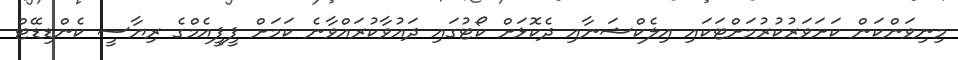
މިނިވަންކަން ކަށަވަރުކުރުމަށްޓަކައި އިލެކްޝަނާއި ދެކޮޅަށް ކޯޓުގައި ދައުވާކުރައްވާނެ ކަމަށް ޕީޕީއެމްގެ ރިޔާސީ ކެންޑިޑޭޓް